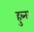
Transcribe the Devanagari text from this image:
हुब्नर